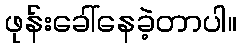
ဖုန်းခေါ်နေခဲ့တာပါ။